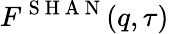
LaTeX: F^{\mathrm{~S~H~A~N~}}(q,\tau)